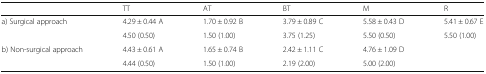
|  | TT | AT | BT | M | R |
 | --- | --- | --- | --- | --- | --- |
 | <ROWSPAN=2> a) Surgical approach | 4.29 ± 0.44 A | 1.70 ± 0.92 B | 3.79 ± 0.89 C | 5.58 ± 0.43 D | 5.41 ± 0.67 E |
 | 4.50 (0.50) | 1.50 (1.00) | 3.75 (1.25) | 5.50 (0.50) | 5.50 (1.00) |
 | <ROWSPAN=2> b) Non-surgical approach | 4.43 ± 0.61 A | 1.65 ± 0.74 B | 2.42 ± 1.11 C | 4.76 ± 1.09 D |  |
 | 4.44 (0.50) | 1.50 (1.00) | 2.19 (2.00) | 5.00 (2.00) |  |